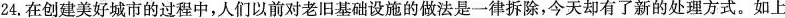
24.在创建美好城市的过程中，人们以前对老旧基础设施的做法是一律拆除，今天却有了新的处理方式。如上